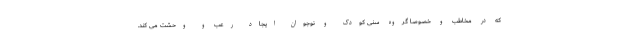
که در مخاطب و خصوصا گروه سنی کودک و نوجوان ایجاد رعب و وحشت می کند.